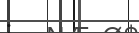
: